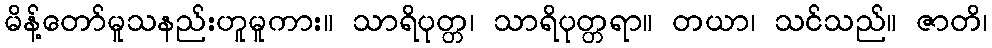
မိန့်တော်မူသနည်းဟူမူကား။ သာရိပုတ္တ၊ သာရိပုတ္တရာ။ တယာ၊ သင်သည်။ ဇာတိ၊